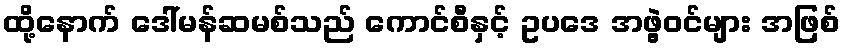
ထို့နောက် ဒေါ်မန်ဆမစ်သည် ကောင်စီနှင့် ဥပဒေ အဖွဲ့ဝင်များ အဖြစ်